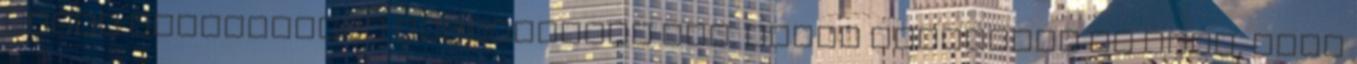
Aztán szerencsére észrevettem ezt. Végig figyeltem az úton, hogy